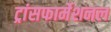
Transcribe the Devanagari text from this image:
ट्रांसफार्मेशनल